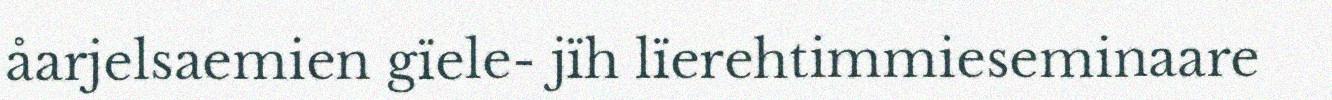
åarjelsaemien gïele- jïh lïerehtimmieseminaare